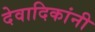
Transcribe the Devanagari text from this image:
देवादिकांनी